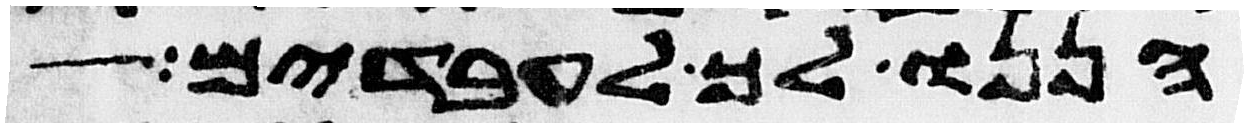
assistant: הננו לך לעבדים